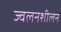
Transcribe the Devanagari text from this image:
ज्वलनशीलन